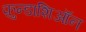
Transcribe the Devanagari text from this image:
फ़ुन्डाशिऑन